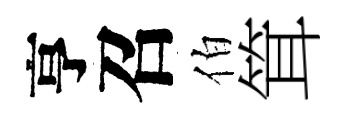
亨召伯䇯